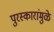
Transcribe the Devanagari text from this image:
पुरस्कारांमुळे